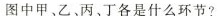
图中甲、乙丙、丁各是什么环节?